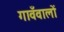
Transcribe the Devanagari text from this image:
गावँवालों